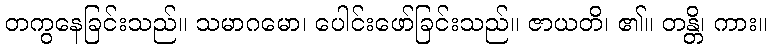
တကွနေခြင်းသည်။ သမာဂမော၊ ပေါင်းဖော်ခြင်းသည်။ ဇာယတိ၊ ၏။ တန္တိ၊ ကား။